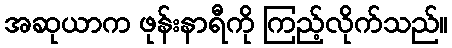
အဆုယာက ဖုန်းနာရီကို ကြည့်လိုက်သည်။